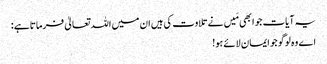
یہ آیات جو ابھی مَیں نے تلاوت کی ہیں ان میں اللہ تعالیٰ فرماتاہے :
اے وہ لوگو جو ایمان لائے ہو!